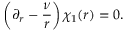
\left( \partial _ { r } - \frac { \nu } { r } \right) \chi _ { 1 } ( r ) = 0 .